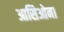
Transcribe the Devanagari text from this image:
आसिओना